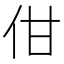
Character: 佄